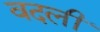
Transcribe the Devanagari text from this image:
वदलीं